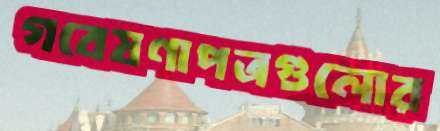
গবেষণাপত্রগুলোর